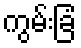
ကွမ်းခြံ